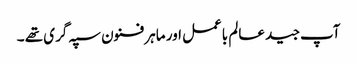
آپ جید عالم باعمل اور ماہر فنون سپہ گری تھے ۔